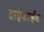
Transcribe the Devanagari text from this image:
टाईफाईड